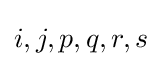
i,j,p,q,r,s